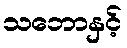
သဘောနှင့်